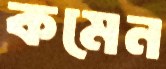
কমেন